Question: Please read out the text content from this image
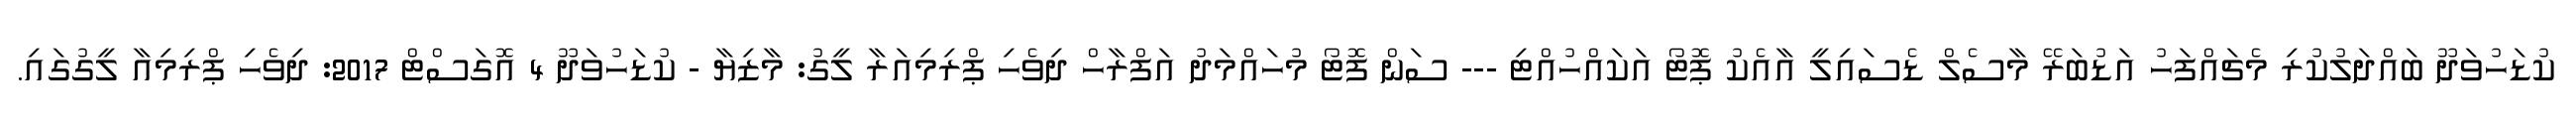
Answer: ކުޑަހުވަދޫ ބައްދަލުކުރި މެޗައްފަހު އަޑުބަރޭ މާސެލް ޑެސައިލީ އާއެކު ޕޮޓޯ އަކައްހުއްޓި --- ސަން ފޮޓޯ މުހައްމަދު އަފްރާހް ދިވެހި ޕްރިމިއަރާ ލީގު: މާޒިޔާ - ކުޑަހުވަދޫ 4 އޮގަސްޓް 2017: ދިވެހި ޕްރިމިއާ ލީގުގައި.